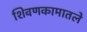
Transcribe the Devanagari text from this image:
शिवणकामातले